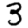
Digit: 3